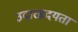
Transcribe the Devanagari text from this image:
उदारहृदयता